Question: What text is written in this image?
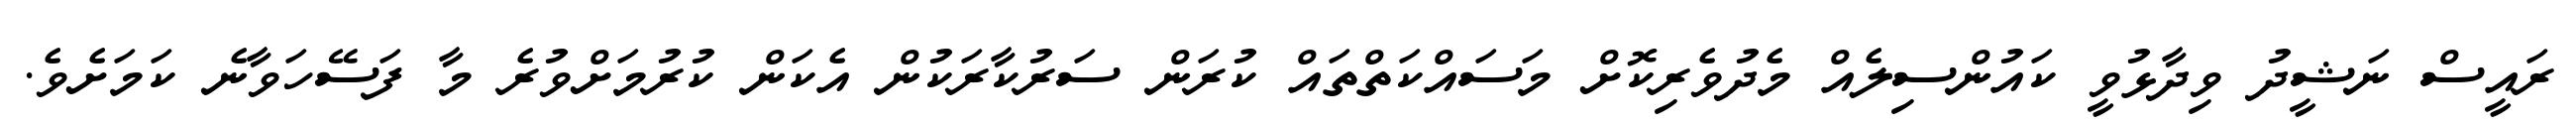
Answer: ރައީސް ނަޝީދު ވިދާޅުވީ ކައުންސިލެއް މެދުވެރިކޮށް މަސައްކަތްތައް ކުރަން ސަރުކާރަކުން އެކަން ކުރުމަށްވުރެ މާ ފަސޭހަވާނެ ކަމަށެވެ.